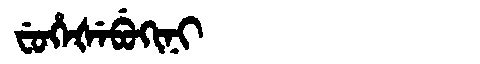
Manchu: ᠸᡠᡥᡝᡧᡝᠪᡠᡴᡳᠨᡳ
Romanization: FUHEŠEBUKINI